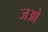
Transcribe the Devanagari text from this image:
जओ